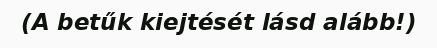
(A betűk kiejtését lásd alább!)